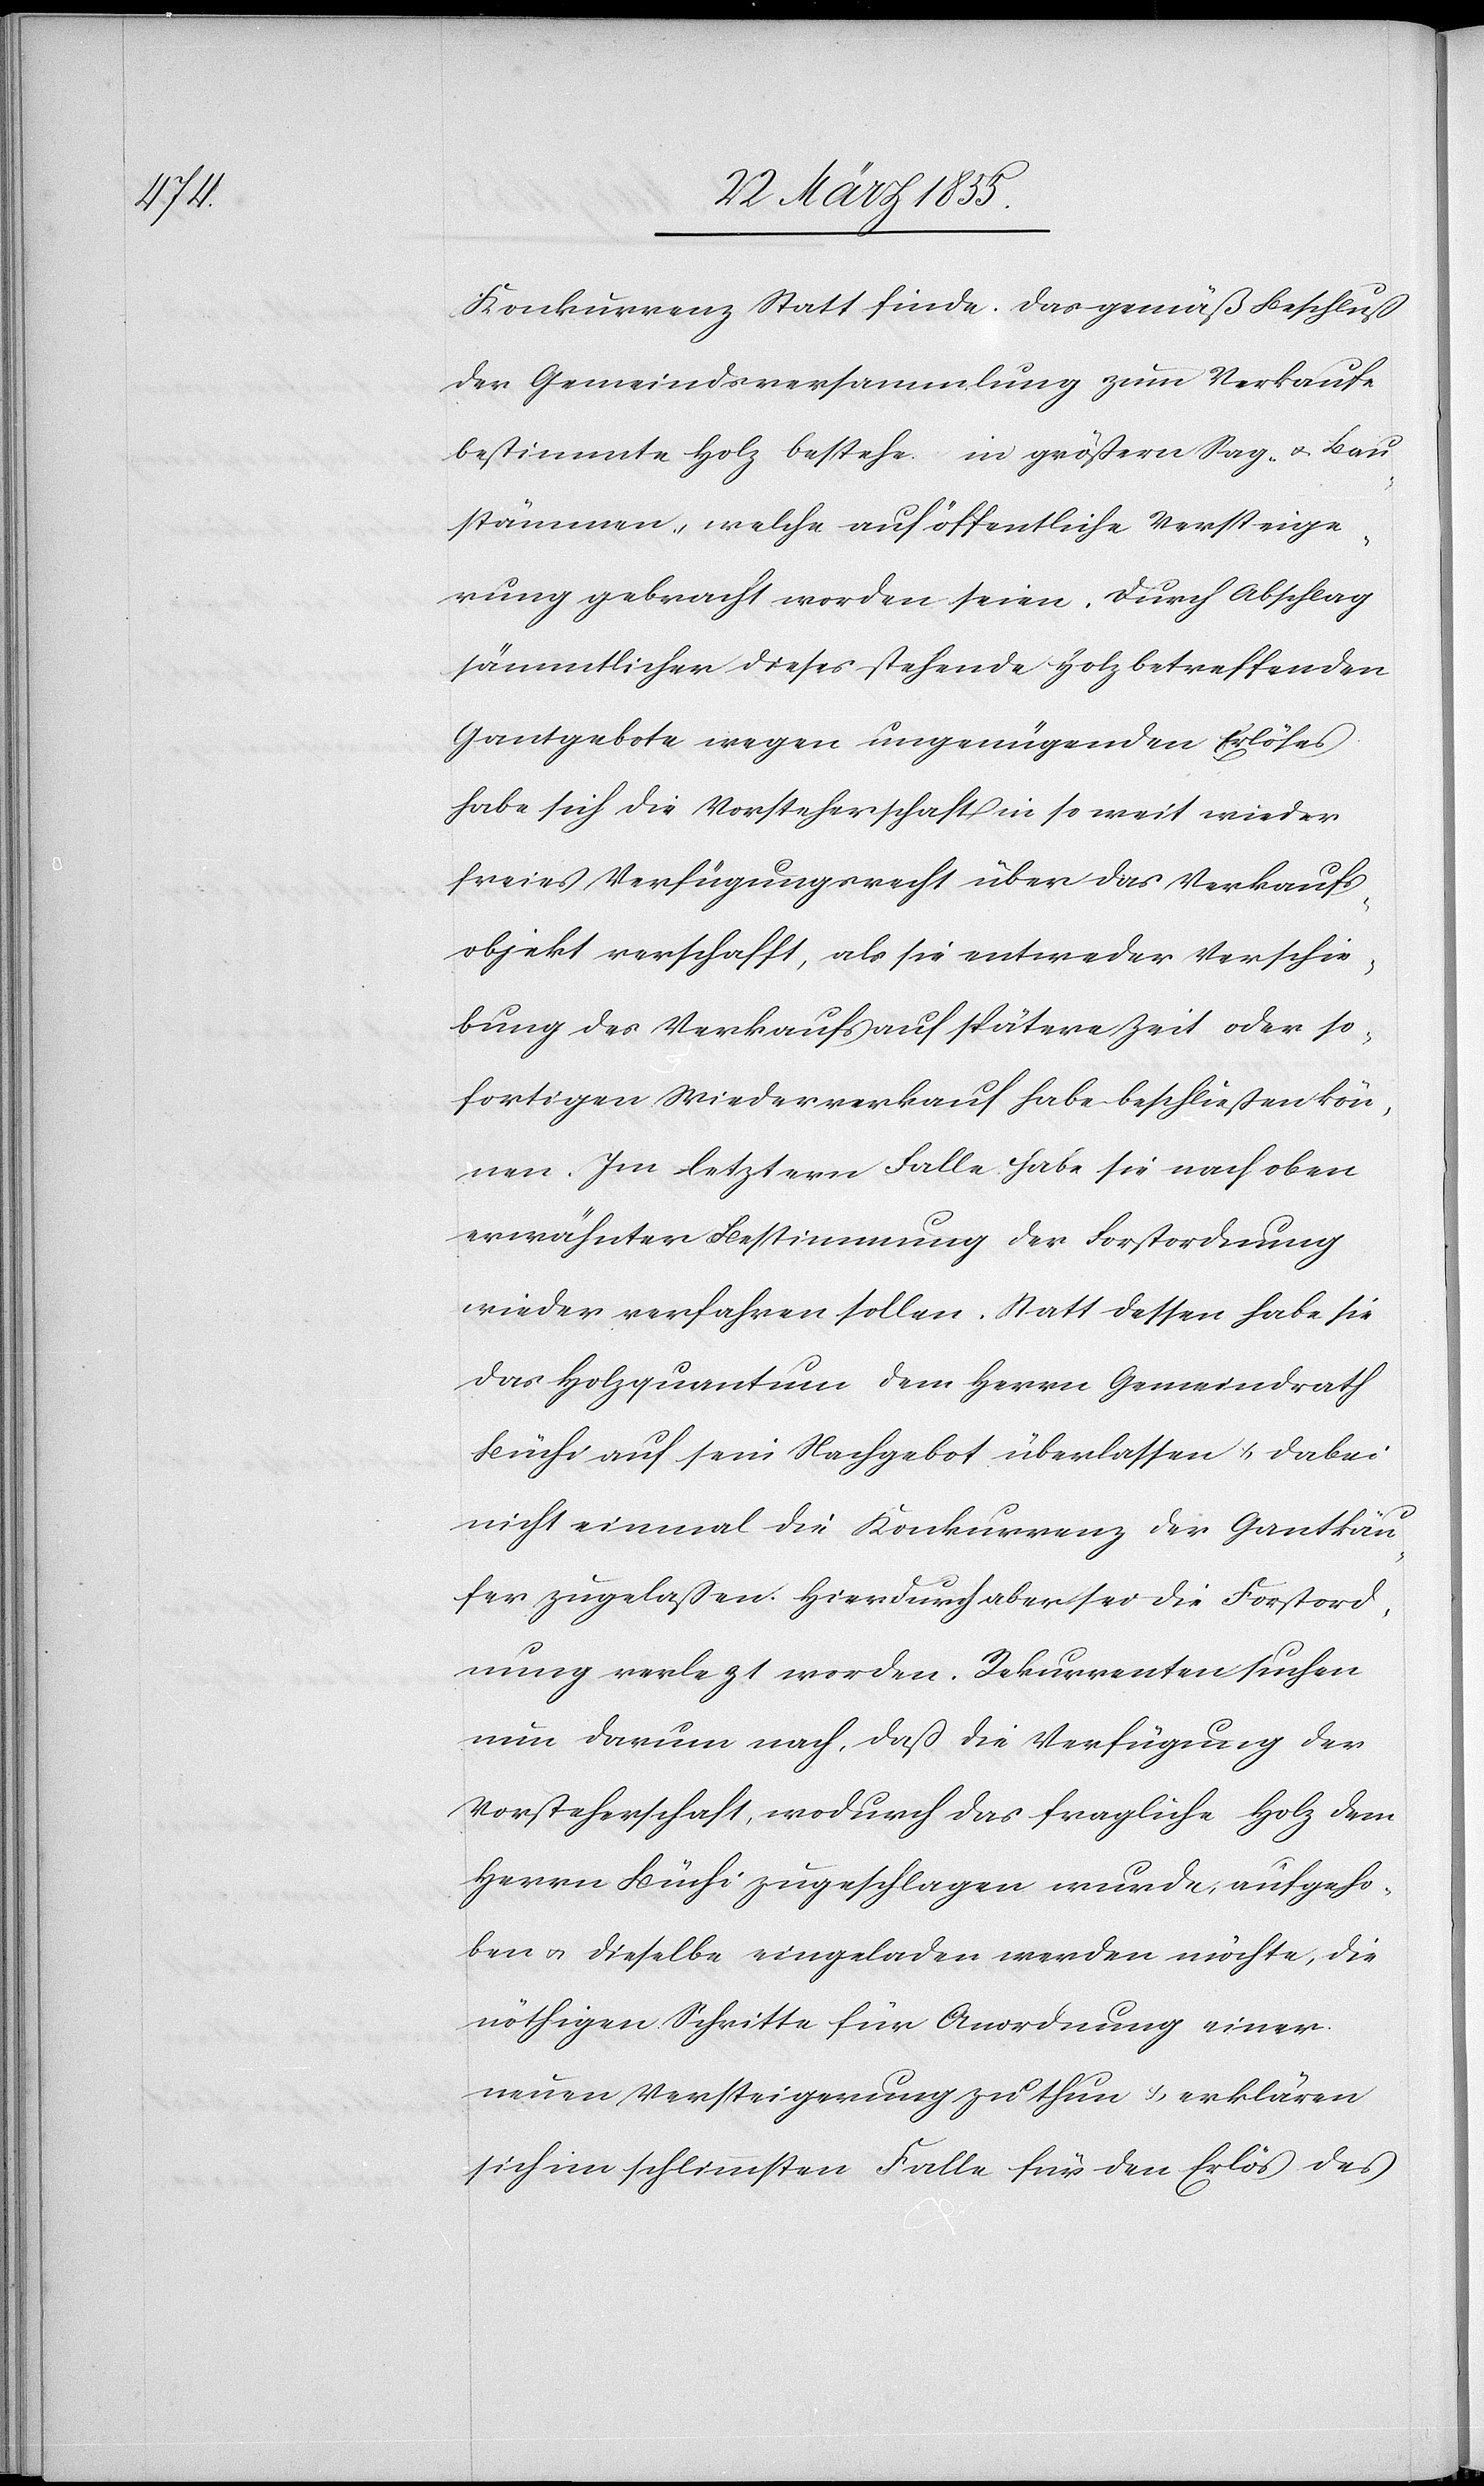
Konkurrenz Statt finde. Das gemäß Beschluß
der Gemeindsversammlung zum Verkaufe
bestimmte Holz bestehe in größern Sag- & Bau¬
stämmen, welche auf öffentliche Versteige¬
rung gebracht worden seien. Durch Abschlag
sämmtlicher dieses stehende Holz betreffenden
Gantgebote wegen ungenügenden Erlöses
habe sich die Vorsteherschaft in so weit wieder
freies Verfügungsrecht über das Verkaufs¬
objekt verschafft, als sie entweder Verschie¬
bung des Verkaufs auf spätere Zeit oder so¬
fortigen Wiederverkauf habe beschließen kön¬
nen. Im letztern Falle habe sie nach oben
erwähnter Bestimmung der Forstordnung
wieder verfahren sollen. Statt dessen habe sie
das Holzquantum dem Herrn Gemeindrath
Büchi auf sein Nachgebot überlassen & dabei
nicht einmal die Konkurrenz der Gantkäu¬
fer zugelaßen. Hierdurch aber sei die Forstord¬
nung verle[t]zt worden. Rekurrenten suchen
nun darum nach, daß die Verfügung der
Vorsteherschaft, wodurch das fragliche Holz dem
Herrn Büchi zugeschlagen wurde, aufgeho¬
ben & dieselbe eingeladen werden möchte, die
nöthigen Schritte für Anordnung einer
neuen Versteigerung zu thun & erklären
sich im schlimmsten Falle für den Erlös des